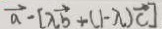
\overrightarrow { a } - [ \lambda \overrightarrow { b } + ( 1 - \lambda ) \overrightarrow { c } ]